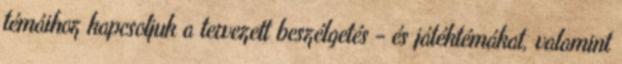
témáihoz kapcsoljuk a tervezett beszélgetés - és játéktémákat, valamint